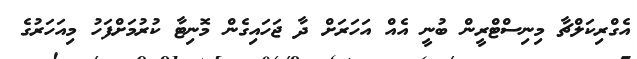
އެގްރިކަލްޗާ މިނިސްޓްރީން ބުނީ އެއް އަހަރަށް ދާ ޖަހައިގެން މޮނިޓާ ކުރުމަށްފަހު މިއަހަރުގެ